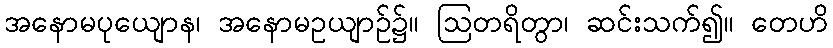
အနောမပုယျောန၊ အနောမဥယျာဉ်၌။ ဩတရိတွာ၊ ဆင်းသက်၍။ တေဟိ